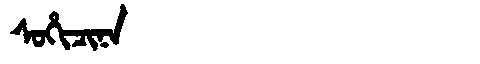
Manchu: ᠰᠣᡥᡳᠴᡳᠨᠠ
Romanization: SOHICINA